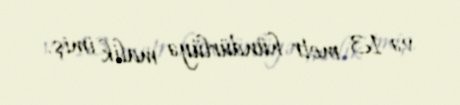
və 13 metr hündürlüyə malik imiş.